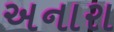
અનારા